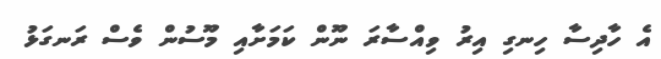
އެ ހާދިސާ ހިނގި އިރު ވިއްސާރަ ނޫން ކަމަށާއި މޫސުން ވެސް ރަނގަޅު